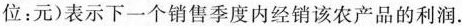
位：元)表示下一个销售季度内经销该农产品的利润.